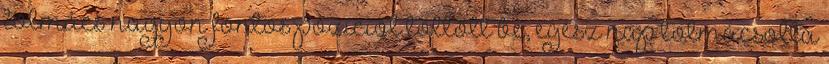
tolmács nagyon fontos pozíciót töltött be, egész nap tolmácsolta